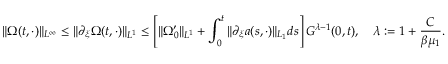
\| \Omega ( t , \cdot ) \| _ { L ^ { \infty } } \leq \| \partial _ { \xi } \Omega ( t , \cdot ) \| _ { L ^ { 1 } } \leq \left[ \| \Omega _ { 0 } ^ { \prime } \| _ { L ^ { 1 } } + \int _ { 0 } ^ { t } \| \partial _ { \xi } a ( s , \cdot ) \| _ { L _ { 1 } } d s \right] G ^ { \lambda - 1 } ( 0 , t ) , \quad \lambda : = 1 + \frac { C } { \beta \mu _ { 1 } } .